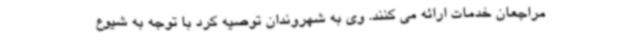
مراجعان خدمات ارائه می کنند. وی به شهروندان توصیه کرد با توجه به شیوع